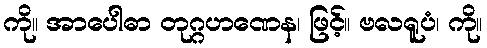
ကို။ အာပေါဓာ တုဂ္ဂဟဏေန၊ ဖြင့်။ ဗလရူပံ၊ ကို။